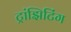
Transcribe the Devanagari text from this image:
ट्रांझिटिंग